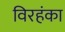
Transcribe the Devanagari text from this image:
विरहंका